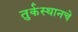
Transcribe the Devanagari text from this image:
तुर्कस्थानचे